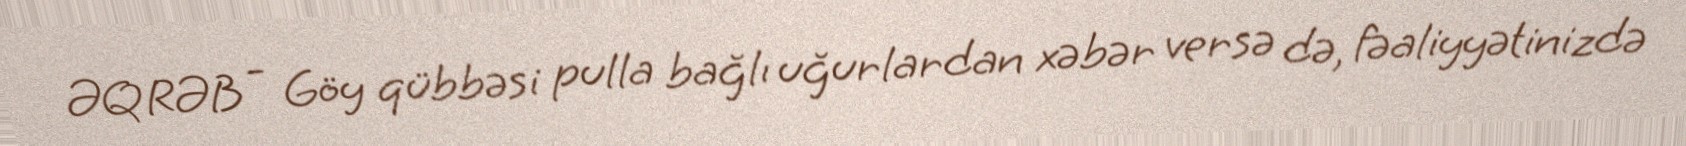
ƏQRƏB - Göy qübbəsi pulla bağlı uğurlardan xəbər versə də, fəaliyyətinizdə